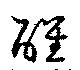
醒